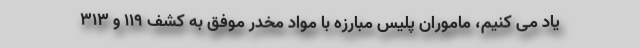
یاد می کنیم، ماموران پلیس مبارزه با مواد مخدر موفق به کشف ۱۱۹ و ۳۱۳